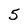
Character: 5